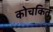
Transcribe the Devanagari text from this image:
कोचकित